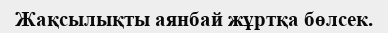
Жақсылықты аянбай жұртқа бөлсек.